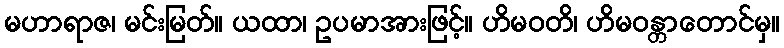
မဟာရာဇ၊ မင်းမြတ်။ ယထာ၊ ဥပမာအားဖြင့်။ ဟိမဝတိ၊ ဟိမဝန္တာတောင်မှ။